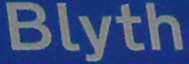
Blyth